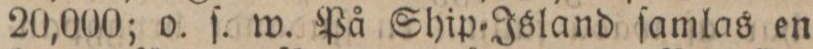
20,000; o. ſ. w. På Ship=Island ſamlas en